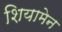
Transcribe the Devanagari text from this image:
शियामेन